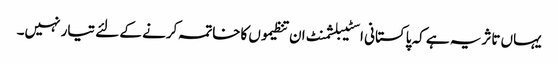
یہاں تاثریہ ہے کہ پاکستانی اسٹیبلشمنٹ ان تنظیموں کاخاتمہ کرنے کے لئے تیار نہیں۔